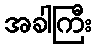
အခါကြီး